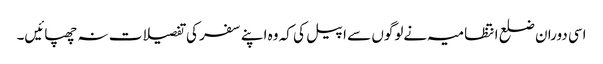
اسی دوران ضلع انتظامیہ نےلوگوں سے اپیل کی کہ وہ اپنے سفر کی تفصیلات نہ چھپائیں۔